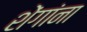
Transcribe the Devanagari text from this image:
शेंगांना